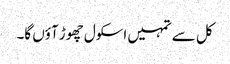
کل سے تمہیں اسکول چھوڑ آؤں گا۔